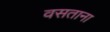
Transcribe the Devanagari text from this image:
वसताना